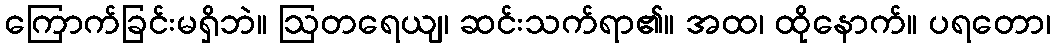
ကြောက်ခြင်းမရှိဘဲ။ ဩတရေယျ၊ ဆင်းသက်ရာ၏။ အထ၊ ထိုနောက်။ ပရတော၊